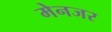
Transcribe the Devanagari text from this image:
मेनजर